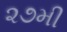
૨૭મી